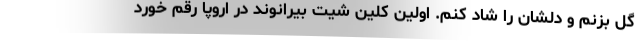
گل بزنم و دلشان را شاد کنم. اولین کلین شیت بیرانوند در اروپا رقم خورد